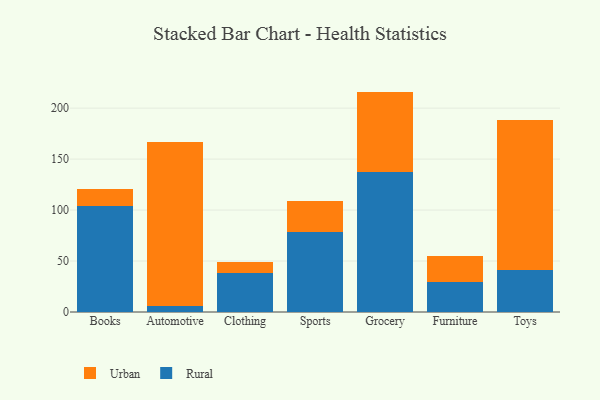
{"axis": {"x": "Category", "y": "Bounce Rate (%)"}, "legend": ["Rural", "Urban"], "data": [{"x": "Books", "y": 104.1, "type": "Rural"}, {"x": "Books", "y": 16.5, "type": "Urban"}, {"x": "Automotive", "y": 5.9, "type": "Rural"}, {"x": "Automotive", "y": 161.3, "type": "Urban"}, {"x": "Clothing", "y": 38.2, "type": "Rural"}, {"x": "Clothing", "y": 11.2, "type": "Urban"}, {"x": "Sports", "y": 78.1, "type": "Rural"}, {"x": "Sports", "y": 31.1, "type": "Urban"}, {"x": "Grocery", "y": 136.9, "type": "Rural"}, {"x": "Grocery", "y": 79.3, "type": "Urban"}, {"x": "Furniture", "y": 29.7, "type": "Rural"}, {"x": "Furniture", "y": 25.1, "type": "Urban"}, {"x": "Toys", "y": 41.0, "type": "Rural"}, {"x": "Toys", "y": 147.6, "type": "Urban"}]}